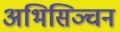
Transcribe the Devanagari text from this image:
अभिसिञ्चन